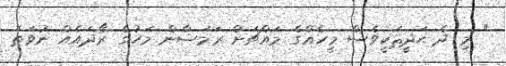
" މި ދެ ޙަދީޘަކީވެސް މީހެއްގެ މައްޗަށް ރަމަޟާން މަހުގެ ރޯދައެއް ނުވަތަ